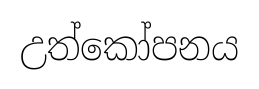
උත්කෝපනය